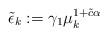
LaTeX: \begin{align*}\tilde{\epsilon}_{k}:=\gamma_1\mu_{k}^{1+\tilde{c}\alpha}\end{align*}